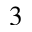
3